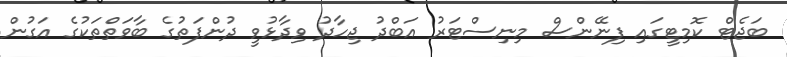
ބަޖެޓް ކޮމިޓީގައި ފިނޭންސް މިނިސްޓަރު އަބްދު ޖިހާދު ވިދާޅުވީ ދުންފަތުގެ ބާވަތްތަކުގެ އަގުން